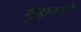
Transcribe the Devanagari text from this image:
गुहारूपी